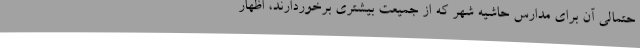
حتمالی آن برای مدارس حاشیه شهر که از جمیعت بیشتری برخوردارند، اظهار